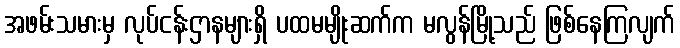
အဖမ်းသမားမှ လုပ်ငန်းဌာနများရှိ ပထမမျိုးဆက်က မလွန်မြို့သည် ဖြစ်နေကြလျက်